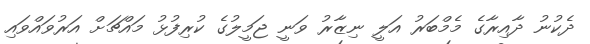
ދެކުނު ދާއިރާގެ މެމްބަރު އަލީ ނިޒާރު ވަނީ ޖަމީލުގެ ކުރިފުޅު މައްޗަށް އަރުވައްވައި